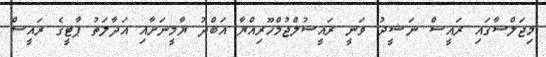
މިޖަލްސާގައި ރައީސް ނަޝީދު ވަނީ ރައީސުލްޖުމްހޫރިއްޔާ އަބްދު ޔާމީނަށާއި އަދާލަތު ޕާޓީގެ ރައީސް